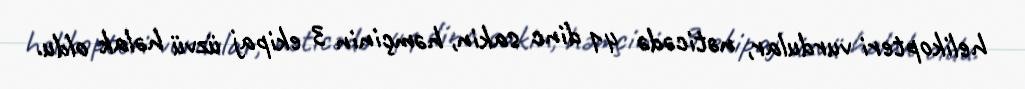
helikopteri vurdular, nəticədə 41 dinc sakin, həmçinin 3 ekipaj üzvü həlak oldu.